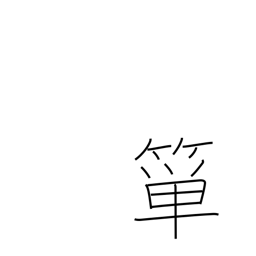
Meaning: bamboo rice basket